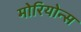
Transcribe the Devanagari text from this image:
मोरियोन्स